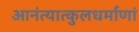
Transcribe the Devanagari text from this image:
आनंत्यात्कुलधर्माणां